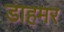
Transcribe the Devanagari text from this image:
डाहमर